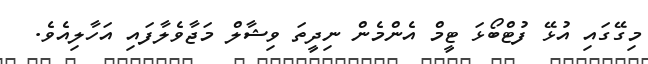
މިގޭގައި އުޅޭ ފުޓްބޯޅަ ޓީމް އެންމެން ނިދީތަ ވިޝާލް މަޖާވެލާފައި އަހާލިއެވެ.